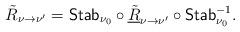
LaTeX: \begin{align*}\tilde{R}_{\nu\rightarrow \nu'}=\mathsf{Stab}_{\nu_0}\circ\underline{\tilde{R}}_{\nu\rightarrow \nu'}\circ \mathsf{Stab}^{-1}_{\nu_0}.\end{align*}